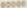
00000